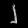
Digit: ၂